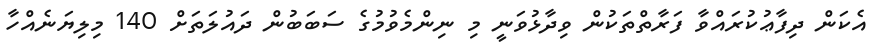
އެކަން ދިފާޢުކުރައްވާ ފަރާތްތަކުން ވިދާޅުވަނީ މި ނިންމެވުމުގެ ސަބަބުން ދައުލަތަށް 140 މިލިޔަނެއްހާ